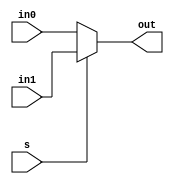
`timescale 1ns/1ps
module mux_2x1(in0, in1, out, s);
	
	input [31:0] in0, in1;
	input s;
	output [31:0] out;
	
	assign out = (s) ? in1 : in0;

endmodule